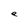
Character: e